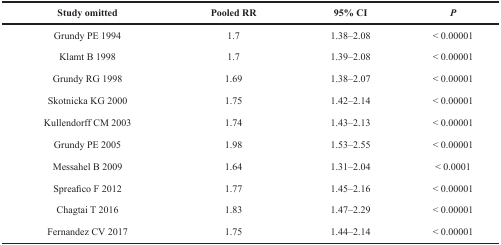
| Study omitted | Pooled RR | 95% CI | P |
 | --- | --- | --- | --- |
 | Grundy PE 1994 | 1.7 | 1.38–2.08 | < 0.00001 |
 | Klamt B 1998 | 1.7 | 1.39–2.08 | < 0.00001 |
 | Grundy RG 1998 | 1.69 | 1.38–2.07 | < 0.00001 |
 | Skotnicka KG 2000 | 1.75 | 1.42–2.14 | < 0.00001 |
 | Kullendorff CM 2003 | 1.74 | 1.43–2.13 | < 0.00001 |
 | Grundy PE 2005 | 1.98 | 1.53–2.55 | < 0.00001 |
 | Messahel B 2009 | 1.64 | 1.31–2.04 | < 0.0001 |
 | Spreafico F 2012 | 1.77 | 1.45–2.16 | < 0.00001 |
 | Chagtai T 2016 | 1.83 | 1.47–2.29 | < 0.00001 |
 | Fernandez CV 2017 | 1.75 | 1.44–2.14 | < 0.00001 |